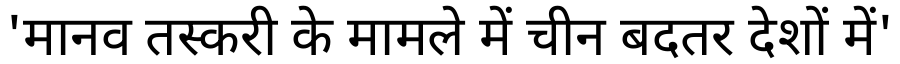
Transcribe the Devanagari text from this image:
'मानव तस्करी के मामले में चीन बदतर देशों में'